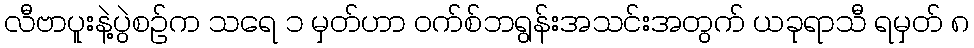
လီဗာပူးနဲ့ပွဲစဉ်က သရေ ၁ မှတ်ဟာ ဝက်စ်ဘရွန်းအသင်းအတွက် ယခုရာသီ ရမှတ် ၈